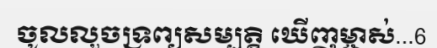
ចូលលួចទ្រព្យសម្បត្តិ ឃើញម្ចាស់...6